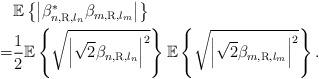
LaTeX: \begin{align*} \begin{aligned} &{\mathbb E}\left\{ {\left| {\beta _{n,{\rm{R}},{l_n}}^*{\beta _{m,{\rm{R}},{l_m}}}} \right|} \right\} \\ = &\frac{1}{2}{\mathbb E}\left\{ \sqrt{ {\left|\sqrt{2} {\beta _{n,{\rm{R}},{l_n}}} \right|^2}} \right\} {\mathbb E}\left\{ \sqrt{{\left|\sqrt{2} {{\beta _{m,{\rm{R}},{l_m}}}} \right|^2}} \right\}.\end{aligned}\end{align*}